Vaccination in Bombay 1856-1862 - 1856-1862
Year: 1856
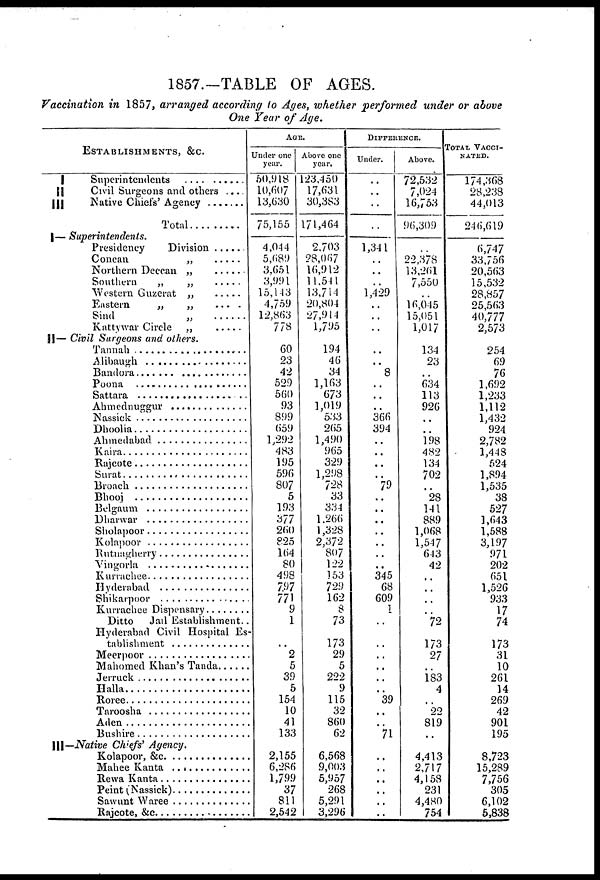
1857.—TABLE OF AGES.
Vaccination in 1857, arranged according to Ages, whether performed under or above
One Year of Age.
ESTABLISHMENTS, &C.
I
Superintendents
II
Civil Surgeons and others ....
III Native Chiefs Agency ......
Total ..........
I— Superintendents.
Presidency Division .....
Concan „ .....
Northern Deccan „.....
Southern „ „ .....
Western Guzerat „ .....
Eastern
„
„
....
Sind „ ........
Kattywar Circle „ ......
II— Civil Surgeons and others.
Tannah ....................
Alibaugh ....................
Bandora ..................
Poona ....................
Sattara ....................
Ahmednuggur ............
Nassick ....................
Dhoolia ..................
Ahmedabad ..................
Kaira ....................
Rajcote ....................
Surat ....................
Broach ..................
Bhooj ....................
Belgaum ................
Dharwar ....................
Sholapoor ..................
Kolapoor ..................
Rutnagherry ..................
Vingorla ....................
Kurrachee ..................
Hyderabad ....................
Shikarpoor ....................
Kurrachee Dispensary ..............
Ditto
Jail Establishment..
Hyderabad Civil Hospital Es-
tablishment....................
Meerpoor ....................
Mahomed Khans Tanda ..........
Jerruck ..................
Halla ..................
Roree ....................
Taroosha ................
Aden ................
Bushire ................
III— Native Chiefs' Agency.
Kolapoor,&c ....................
Mahee Kanta ....................
Rewa Kanta ....................
Peint (Nassick )..................
Sawunt Waree ....................
Rajcote,&c ....................
AGE.
Under one
year.
50,918
10,607
13,630
75,155
4,044
5,689
3,651
3,991
15,143
4,759
12,863
778
60
23
42
529
560
93
899
659
1,292
483
195
596
807
5
193
377
260
825
164
80
498
797
771
9
1
..
2
5
39
5
154
10
41
133
2,155
6,286
1,799
37
811
2,542
Above one
year.
123,450
17,631
30,383
171,464
2,703
28,067
16,912
11,541
13,714
20,804
27,914
1,795
194
46
34
1,163
673
1,019
533
265
1,490
965
329
1,298
728
33
334
1,266
1,328
2,372
807
122
153
729
162
8
73
173
29
5
222
9
115
32
860
62
6,568
9,003
5,957
268
5,291
3,296
DIFFERENCE.
Under.
..
..
..
..
1,341
..
..
..
1,429
..
..
..
..
..
8
..
..
..
366
394
..
..
..
..
79
..
..
..
..
..
..
345
68
609
1
..
..
..
..
..
..
39
..
..
71
..
..
..
..
..
..
Above.
72,532
7,024
16,753
96,309
..
22,378
13,261
7,550
..
16,045
15,051
1,017
134
23
..
634
113
926
..
..
198
482
134
702
..
28
141
889
1,068
1,547
643
42
..
..
72
173
27
..
183
4
..
22
819
..
4,413
2,717
4,158
231
4,480
754
TOTAL VACCI-
NATED.
174,368
28,238
44,013
246,619
6,747
33,756
20,563
15,532
28,857
25,563
40,777
2,573
254
69
76
1,692
1,233
1,112
1,432
924
2,782
1,448
524
1,894
1,535
38
527
1,643
1,588
3,197
971
202
651
1,526
933
17
74
173
31
10
261
14
269
42
901
195
8,723
15,289
7,756
305
6,102
5,838